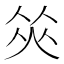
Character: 𠉭